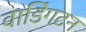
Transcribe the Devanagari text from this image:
वाडिंगटन